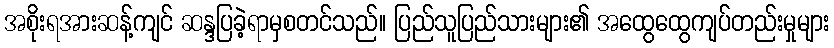
အစိုးရအားဆန့်ကျင် ဆန္ဒပြခဲ့ရာမှစတင်သည်။ ပြည်သူပြည်သားများ၏ အထွေထွေကျပ်တည်းမှုများ